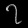
Digit: ၇